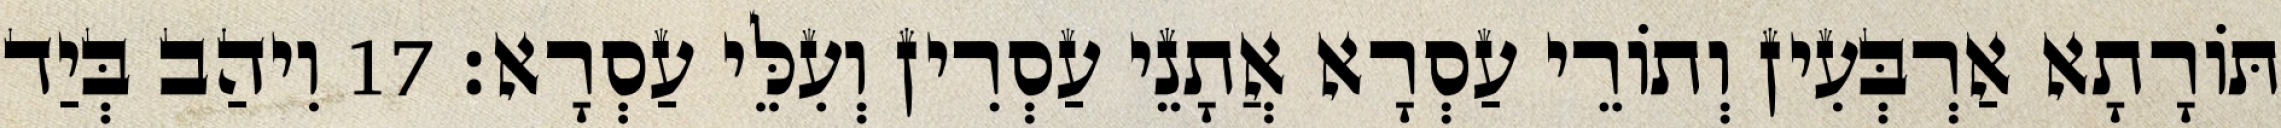
תּוֹרָתָא אַרְבְּעִין וְתוֹרֵי עַסְרָא אֲתָנֵי עַסְרִין וְעִלֵּי עַסְרָא׃ 17 וִיהַב בְּיַד